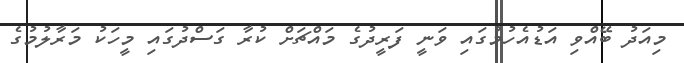
މިއަދު ބޭއްވި އަޑުއެހުމުގައި ވަނީ ފަރީދުގެ މައްޗަށް ކުރާ ގަސްދުގައި މީހަކު މަރާލުމުގެ